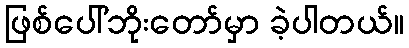
ဖြစ်ပေါ်ဘိုးတော်မှာ ခဲ့ပါတယ်။